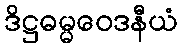
ဒိဋ္ဌဓမ္မဝေဒနီယံ